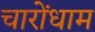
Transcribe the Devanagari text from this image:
चारोंधाम